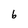
Character: b